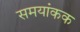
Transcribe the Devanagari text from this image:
समयांकक